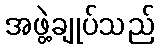
အဖွဲ့ချုပ်သည်